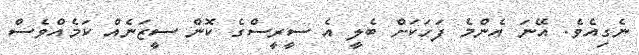
ނެގިއެވެ. އޭނަ އެންމެ ފަހަކަށް ބެލީ އެ ސީރީސްގެ ކޮން ސީޒަނެއް ކަމެއްވެސް